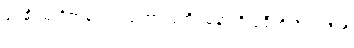
ဒုရဓိဂမံ ဝိဇာနထ ပါပုဏာတူတိ သူနာတိ ပရီတိ ဝိပဿီတိ